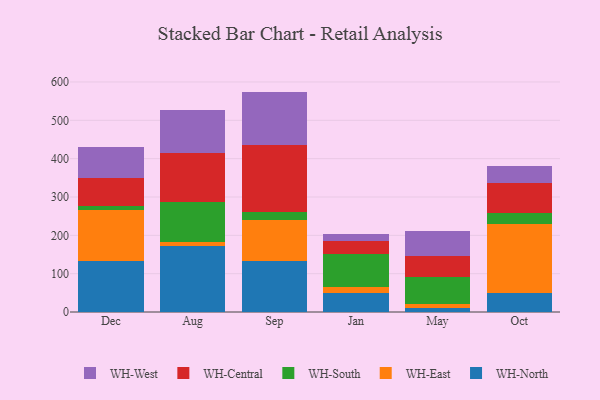
{"axis": {"x": "Month", "y": "Active Users"}, "legend": ["WH-Central", "WH-East", "WH-North", "WH-South", "WH-West"], "data": [{"x": "Dec", "y": 132.0, "type": "WH-North"}, {"x": "Dec", "y": 133.2, "type": "WH-East"}, {"x": "Dec", "y": 10.6, "type": "WH-South"}, {"x": "Dec", "y": 74.2, "type": "WH-Central"}, {"x": "Dec", "y": 80.6, "type": "WH-West"}, {"x": "Aug", "y": 171.7, "type": "WH-North"}, {"x": "Aug", "y": 12.1, "type": "WH-East"}, {"x": "Aug", "y": 103.8, "type": "WH-South"}, {"x": "Aug", "y": 126.5, "type": "WH-Central"}, {"x": "Aug", "y": 113.0, "type": "WH-West"}, {"x": "Sep", "y": 131.8, "type": "WH-North"}, {"x": "Sep", "y": 109.4, "type": "WH-East"}, {"x": "Sep", "y": 20.1, "type": "WH-South"}, {"x": "Sep", "y": 174.4, "type": "WH-Central"}, {"x": "Sep", "y": 139.2, "type": "WH-West"}, {"x": "Jan", "y": 48.4, "type": "WH-North"}, {"x": "Jan", "y": 16.0, "type": "WH-East"}, {"x": "Jan", "y": 85.6, "type": "WH-South"}, {"x": "Jan", "y": 35.3, "type": "WH-Central"}, {"x": "Jan", "y": 16.9, "type": "WH-West"}, {"x": "May", "y": 9.6, "type": "WH-North"}, {"x": "May", "y": 11.2, "type": "WH-East"}, {"x": "May", "y": 71.1, "type": "WH-South"}, {"x": "May", "y": 55.4, "type": "WH-Central"}, {"x": "May", "y": 65.0, "type": "WH-West"}, {"x": "Oct", "y": 50.1, "type": "WH-North"}, {"x": "Oct", "y": 179.0, "type": "WH-East"}, {"x": "Oct", "y": 29.4, "type": "WH-South"}, {"x": "Oct", "y": 77.6, "type": "WH-Central"}, {"x": "Oct", "y": 44.4, "type": "WH-West"}]}